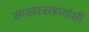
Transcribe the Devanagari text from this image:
साखरसम्राटांशी